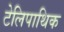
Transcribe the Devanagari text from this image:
टेलिपाथिक